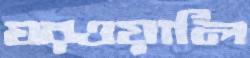
ঘরওয়ালি